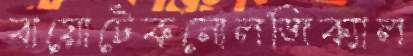
বায়োটেকনোলজিক্যাল